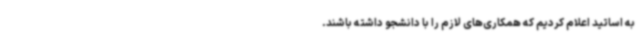
به اساتید اعلام کردیم که همکاری‌های لازم را با دانشجو داشته باشند.